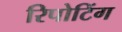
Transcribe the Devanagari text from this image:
रिपोटिंग